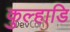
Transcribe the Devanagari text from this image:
कुल्हाडि